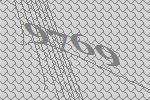
9769